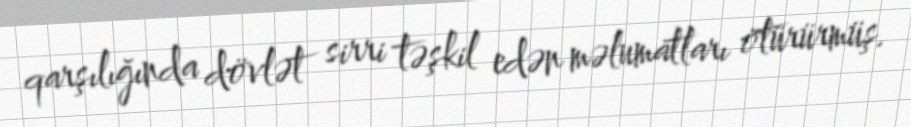
qarşılığında dövlət sirri təşkil edən məlumatları ötürürmüş.